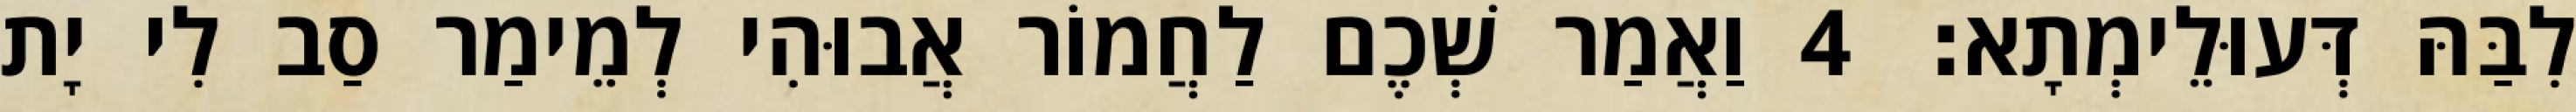
לִבַּהּ דְּעוּלֵימְתָא׃ 4 וַאֲמַר שְׁכֶם לַחֲמוֹר אֲבוּהִי לְמֵימַר סַב לִי יָת